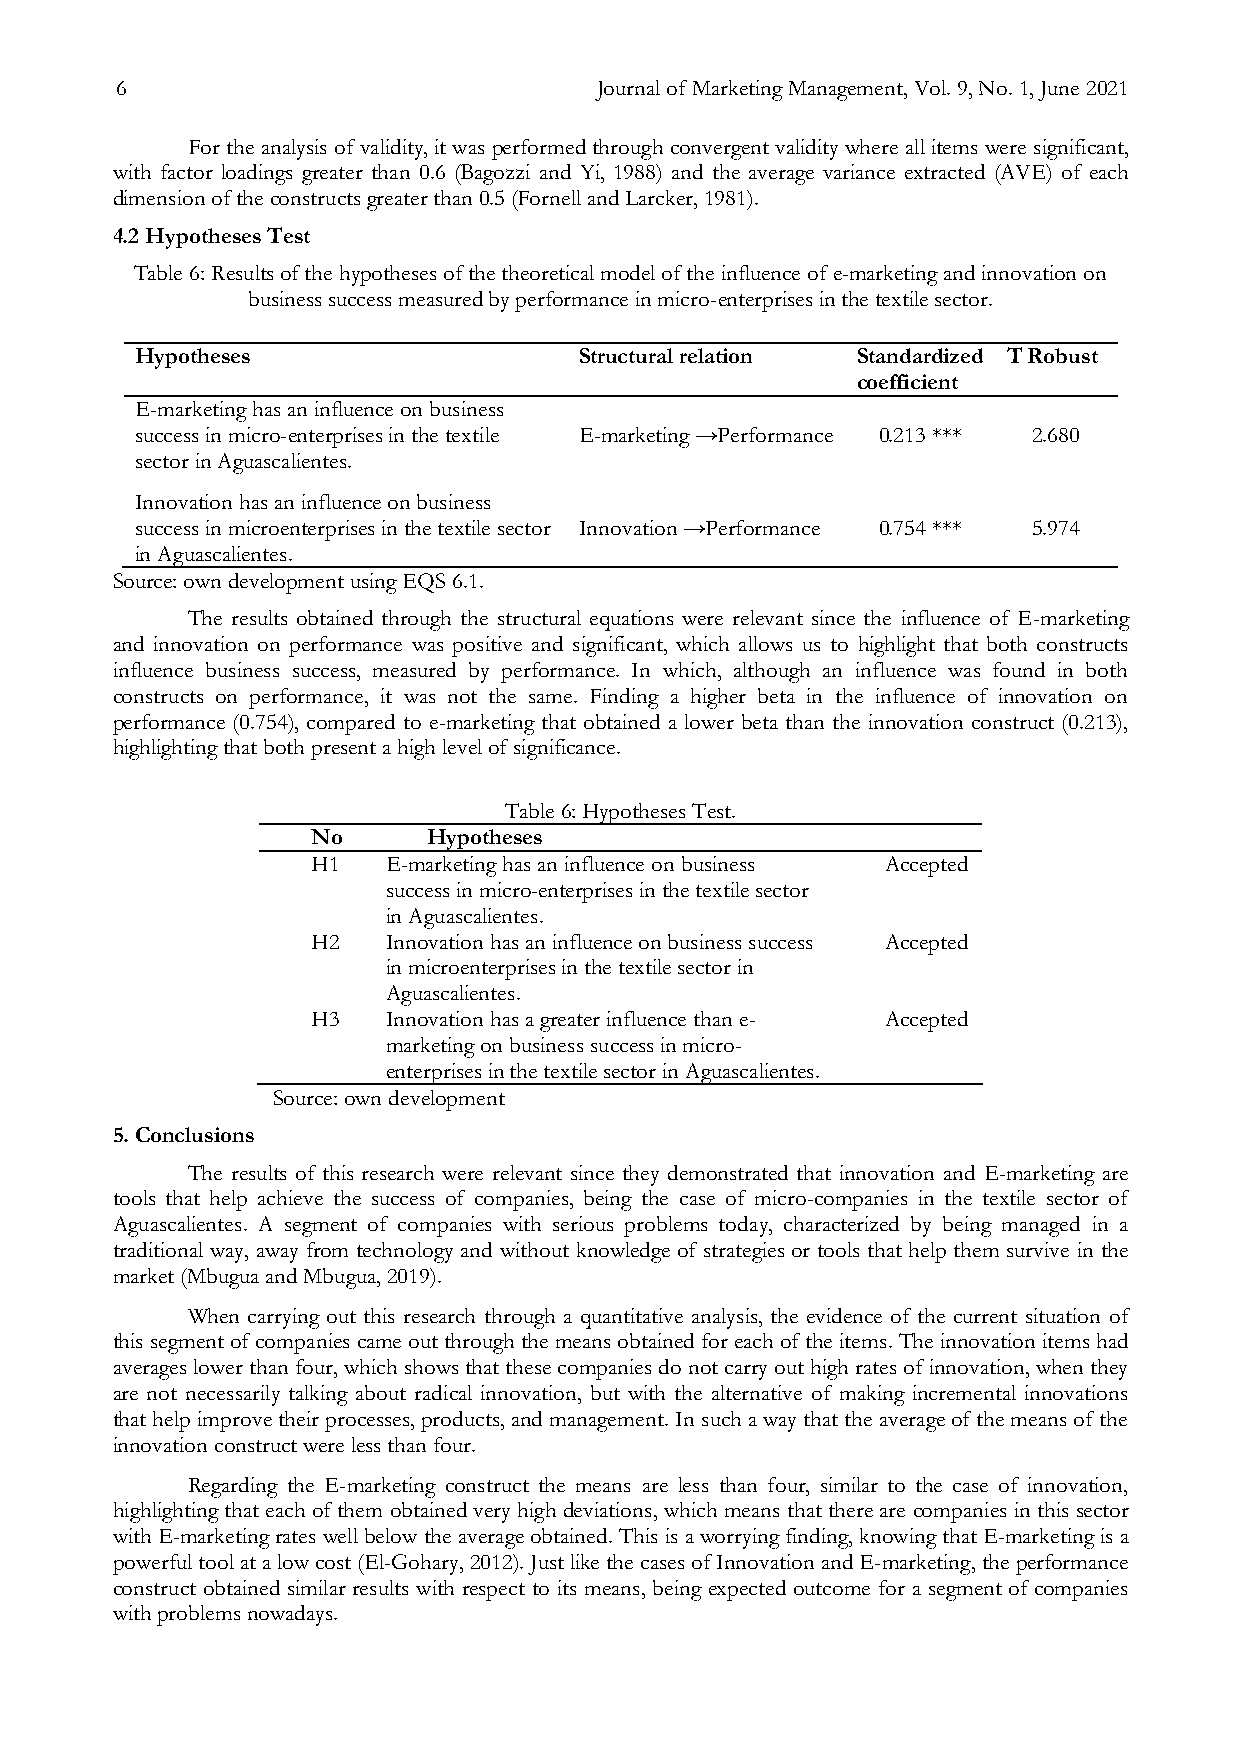
6                              Journal of Marketing Management, Vol. 9, No. 1, June 2021
 For the analysis of validity, it was performed through convergent validity where all items were significant,
 with factor loadings greater than 0.6 (Bagozzi and Yi, 1988) and the average variance extracted (AVE) of each
 dimension of the constructs greater than 0.5 (Fornell and Larcker, 1981).
 4.2 Hypotheses Test
 Table 6: Results of the hypotheses of the theoretical model of the influence of e-marketing and innovation on
 business success measured by performance in micro-enterprises in the textile sector.
 Hypotheses                   Structural relation Standardized T Robust
 coefficient
 E-marketing has an influence on business
 success in micro-enterprises in the textile E-marketing →Performance 0.213 *** 2.680
 sector in Aguascalientes.
 Innovation has an influence on business
 success in microenterprises in the textile sector Innovation →Performance 0.754 *** 5.974
 in Aguascalientes.
 Source: own development using EQS 6.1.
 The results obtained through the structural equations were relevant since the influence of E-marketing
 and innovation on performance was positive and significant, which allows us to highlight that both constructs
 influence business success, measured by performance. In which, although an influence was found in both
 constructs on performance, it was not the same. Finding a higher beta in the influence of innovation on
 performance (0.754), compared to e-marketing that obtained a lower beta than the innovation construct (0.213),
 highlighting that both present a high level of significance.
 Table 6: Hypotheses Test.
 No     Hypotheses
 H1   E-marketing has an influence on business Accepted
 success in micro-enterprises in the textile sector
 in Aguascalientes.
 H2   Innovation has an influence on business success Accepted
 in microenterprises in the textile sector in
 Aguascalientes.
 H3   Innovation has a greater influence than e- Accepted
 marketing on business success in micro-
 enterprises in the textile sector in Aguascalientes.
 Source: own development
 5. Conclusions
 The results of this research were relevant since they demonstrated that innovation and E-marketing are
 tools that help achieve the success of companies, being the case of micro-companies in the textile sector of
 Aguascalientes. A segment of companies with serious problems today, characterized by being managed in a
 traditional way, away from technology and without knowledge of strategies or tools that help them survive in the
 market (Mbugua and Mbugua, 2019).
 When carrying out this research through a quantitative analysis, the evidence of the current situation of
 this segment of companies came out through the means obtained for each of the items. The innovation items had
 averages lower than four, which shows that these companies do not carry out high rates of innovation, when they
 are not necessarily talking about radical innovation, but with the alternative of making incremental innovations
 that help improve their processes, products, and management. In such a way that the average of the means of the
 innovation construct were less than four.
 Regarding the E-marketing construct the means are less than four, similar to the case of innovation,
 highlighting that each of them obtained very high deviations, which means that there are companies in this sector
 with E-marketing rates well below the average obtained. This is a worrying finding, knowing that E-marketing is a
 powerful tool at a low cost (El-Gohary, 2012). Just like the cases of Innovation and E-marketing, the performance
 construct obtained similar results with respect to its means, being expected outcome for a segment of companies
 with problems nowadays.